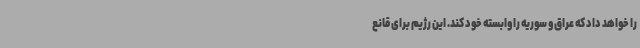
را خواهد داد که عراق و سوریه را وابسته خود کند. این رژیم برای قانع